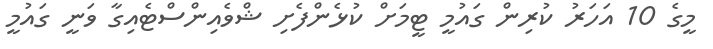
މީގެ 10 އަހަރު ކުރިން ގައުމީ ޓީމަށް ކުޅެންފެށި ޝްވެއިންސްޓެއިގާ ވަނީ ގައުމީ